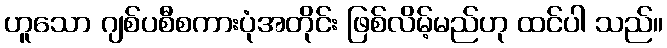
ဟူသော ဂျစ်ပစီစကားပုံအတိုင်း ဖြစ်လိမ့်မည်ဟု ထင်ပါ သည်။